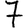
Digit: 7